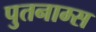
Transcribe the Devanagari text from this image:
पुतनाम्स